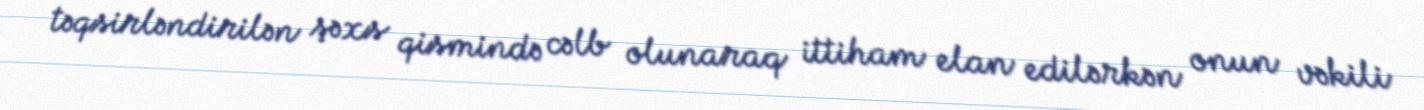
təqsirləndirilən şəxs qismində cəlb olunaraq ittiham elan edilərkən onun vəkili